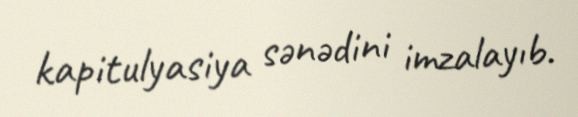
kapitulyasiya sənədini imzalayıb.